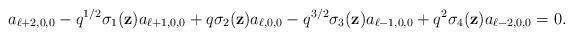
LaTeX: \begin{align*}a_{\ell+2,0,0}-{q}^{1/2}\sigma_1(\textbf{z})a_{\ell+1,0,0}+q\sigma_2(\textbf{z})a_{\ell,0,0}-q^{3/2}\sigma_3(\textbf{z})a_{\ell-1,0,0}+q^2\sigma_4(\textbf{z})a_{\ell-2,0,0}=0.\end{align*}